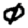
Digit: 0